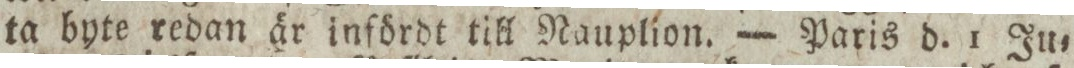
ta byte redan är infördt till Nauplion. — Paris d. 1 Ju=